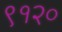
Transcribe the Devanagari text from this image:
९१२०